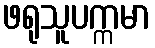
ဖရုသူပက္ကမာ